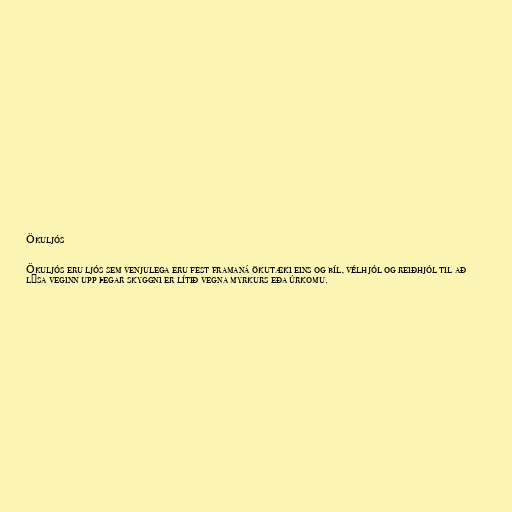
Ökuljós

Ökuljós eru ljós sem venjulega eru fest framaná ökutæki eins og bíl, vélhjól og reiðhjól til að
lýsa veginn upp þegar skyggni er lítið vegna myrkurs eða úrkomu.